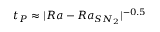
t _ { P } \approx | R a - R a _ { S N _ { 2 } } | ^ { - 0 . 5 }